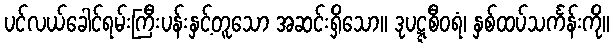
ပင်လယ်ခေါင်ရမ်းကြီးပန်းနှင့်တူသော အဆင်းရှိသော။ ဒုပဋ္ဋစီဝရံ၊ နှစ်ထပ်သင်္ကန်းကို။